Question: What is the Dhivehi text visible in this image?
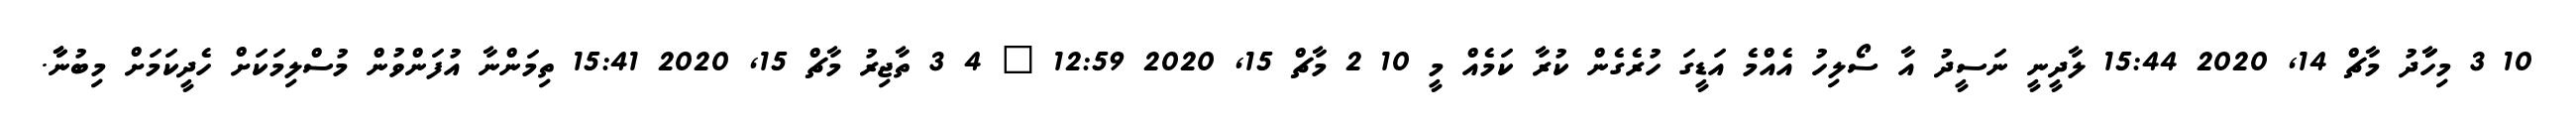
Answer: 10 3 މިހަަާދު މާޗް 14, 2020 15:44 ލާދީނީ ނަސީދު އާ ސޯލިހު އެއްމެ އަޑީގަ ހުރެގެން ކުރާ ކަމެއް މީ 10 2 މާޗް 15, 2020 12:59 ? 4 3 ތާޖިރު މާޗް 15, 2020 15:41 ތިމަންނާ އުފަންވުން މުސްލިމަކަށް ހެދީކަމަށް މިބުނާާ.